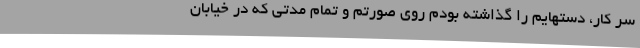
سر کار، دستهایم را گذاشته بودم روی صورتم و تمام مدتی که در خیابان